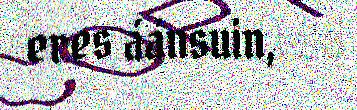
eres áánsuin,